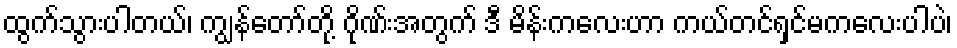
ထွက်သွားပါတယ်၊ ကျွန်တော်တို့ ဂိုဏ်းအတွက် ဒီ မိန်းကလေးဟာ ကယ်တင်ရှင်မကလေးပါပဲ၊